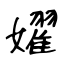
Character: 嬥